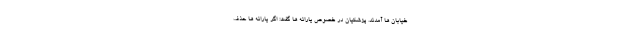
خیابان ها آمدند. پزشکیان در خصوص یارانه ها گفت: اگر یارانه ها حذف